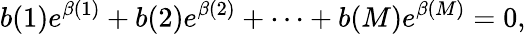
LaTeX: b(1)e^{\beta(1)}+b(2)e^{\beta(2)}+\cdots+b(M)e^{\beta(M)}=0,